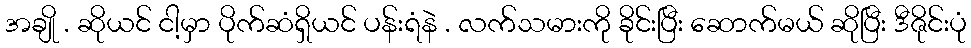
အချို . ဆိုယင် ငါ့မှာ ပိုက်ဆံရှိယင် ပန်းရံနဲ . လက်သမားကို ခိုင်းပြီး ဆောက်မယ် ဆိုပြီး ဒီဇိုင်းပုံ